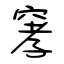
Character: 窙